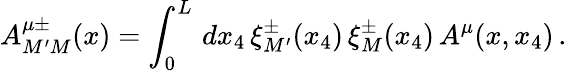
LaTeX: A_{M^{\prime}M}^{\mu\pm}(x)=\int_{0}^{L}\, dx_{4}\, \xi_{M^{\prime}}^{\pm}(x_{4})\, \xi_{M}^{\pm}(x_{4})\, A^{\mu}(x,x_{4})\, .